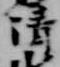
清